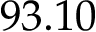
9 3 . 1 0